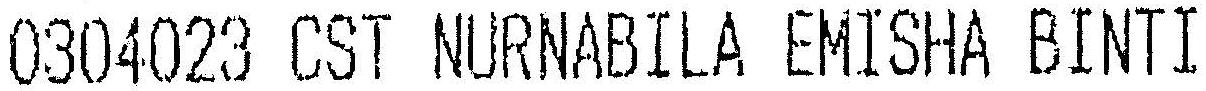
0304023 CST NURNABILA EMISHA BINTI